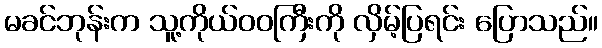
မခင်ဘုန်းက သူ့ကိုယ်ဝဝကြီးကို လှိမ့်ပြရင်း ပြောသည်။